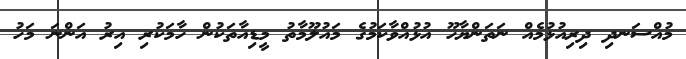
މުއްސަނދި ދިރިއުޅުމެއް ނަތަންޔާހޫ އުޅުއްވާކަމުގެ މައުލޫމާތު މީޑިއާތަކުން ހާމަކުރި އިރު އަންނަ މަހު